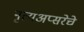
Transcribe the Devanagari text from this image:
नृत्यअप्सरेचे